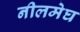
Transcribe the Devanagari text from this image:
नीलमेघ